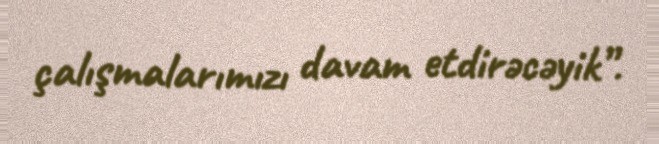
çalışmalarımızı davam etdirəcəyik”.